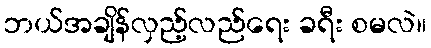
ဘယ်အချိန်လှည့်လည်ရေး ခရီး စမလဲ။